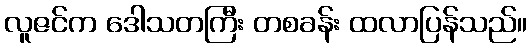
လူဇင်က ဒေါသတကြီး တစခန်း ထလာပြန်သည်။